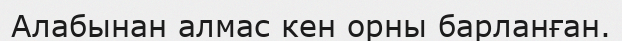
Алабынан алмас кен орны барланған.